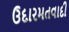
ઉદારમતવાદી